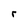
Character: r